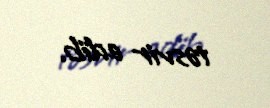
təsvir edib.